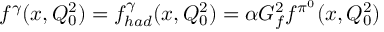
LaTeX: f ^ { \gamma } ( x , Q _ { 0 } ^ { 2 } ) = f _ { h a d } ^ { \gamma } ( x , Q _ { 0 } ^ { 2 } ) = \alpha G _ { f } ^ { 2 } f ^ { \pi ^ { 0 } } ( x , Q _ { 0 } ^ { 2 } )